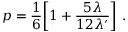
p = { \frac { 1 } { 6 } } \biggl [ 1 + { \frac { 5 \lambda } { 1 2 \lambda ^ { \prime } } } \biggr ] \ .